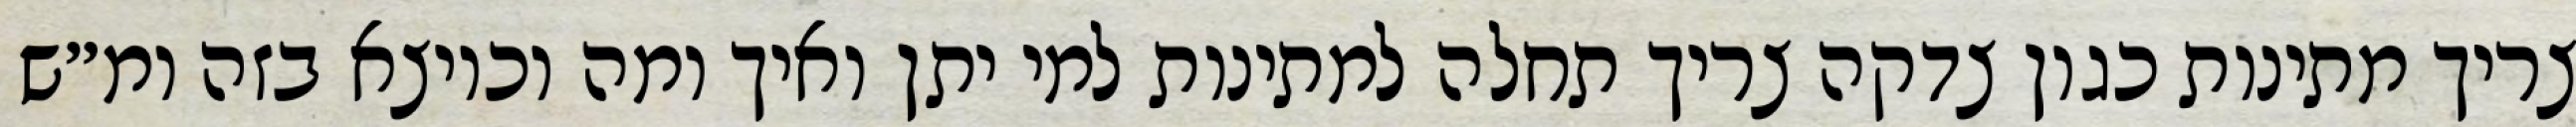
צריך מתינות כגון צדקה צריך תחלה למתינות למי יתן ואיך ומה וכיוצא בזה ומ״ש